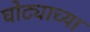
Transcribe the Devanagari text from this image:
घोट्याच्या